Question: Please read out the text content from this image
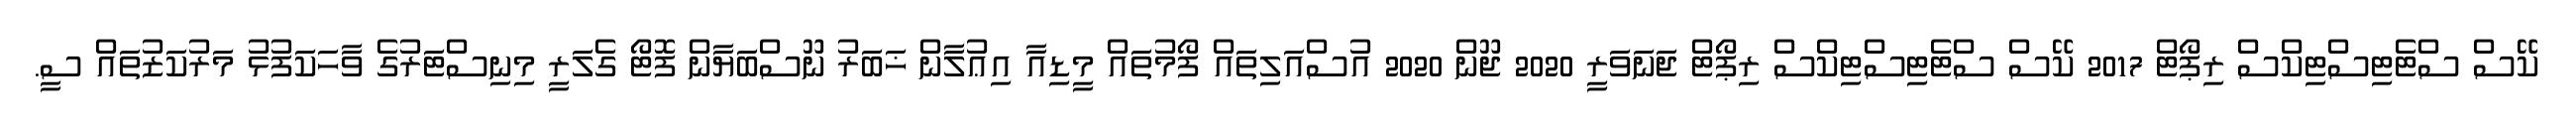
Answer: ކޭސް ސްޓެޓިސްޓިކްސް ރިޕޯޓް 2017 ކޭސް ސްޓެޓިސްޓިކްސް ރިޕޯޓް ޖަނަވަރީ 2020 ޖޫން 2020 އުސްއަލިތައް ފޯމުތައް މީޑިއާ އިޢުލާން ޚަބަރު ނޫސްބަޔާން ފޮޓޯ ގެލަރީ މިނިސްޓަރުގެ ވާހަކަފުޅު މަރުކަޒުތައް ސީ.